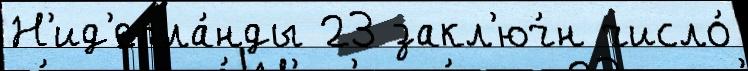
Н'ид'ерла́нды 23 закл'юч́н число́